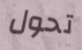
تحول